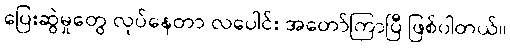
ပြေးဆွဲမှုတွေ လုပ်နေတာ လပေါင်း အတော်ကြာပြီ ဖြစ်ပါတယ်။